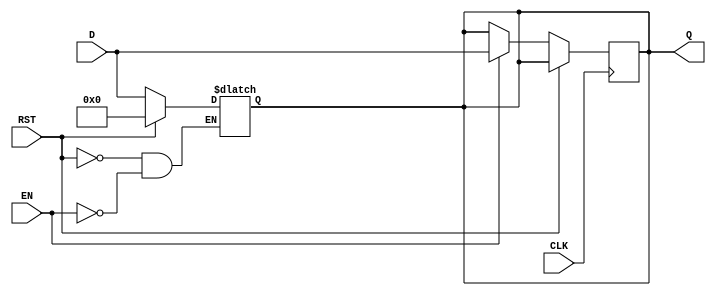
module stage_register #(
    parameter WIDTH = 8  // Define the width of the register (default is 8 bits)
)(
    input  wire [WIDTH-1:0] D,    // Data input
    input  wire CLK,                // Clock input
    input  wire RST,                // Reset input
    input  wire EN,                 // Enable input
    output reg  [WIDTH-1:0] Q       // Data output
);

    // Asynchronous reset implementation
    always @(*) begin
        if (RST) begin
            Q <= {WIDTH{1'b0}}; // Reset the register to 0
        end
        else if (EN) begin
            Q <= D; // Capture the data input on clock edge if enabled
        end
    end

    // Synchronous clock behavior
    always @(posedge CLK) begin
        if (!RST) begin
            if (EN) begin
                Q <= D; // Update the output Q with D on clock edge if enabled
            end
            // If EN is not asserted, retain the previous value of Q
        end
    end

endmodule